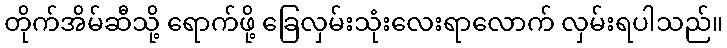
တိုက်အိမ်ဆီသို့ ရောက်ဖို့ ခြေလှမ်းသုံးလေးရာလောက် လှမ်းရပါသည်။